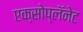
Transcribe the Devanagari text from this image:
एक्सोप्लॅनेट